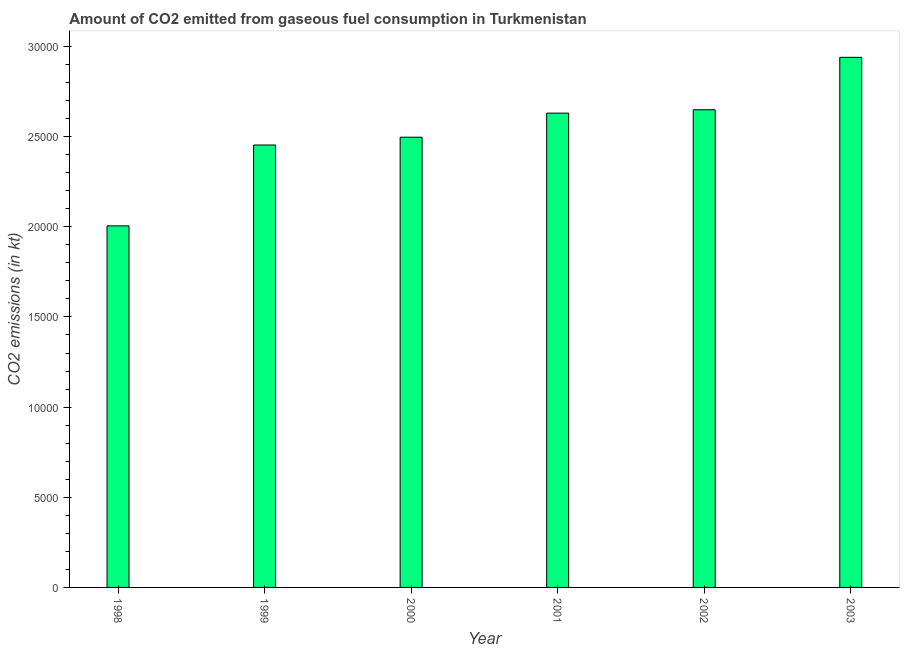
| Year | CO2 emissions from gaseous fuel consumption |
 | --- | --- |
 | 1998 | 2.01e+04 |
 | 1999 | 2.45e+04 |
 | 2000 | 2.5e+04 |
 | 2001 | 2.63e+04 |
 | 2002 | 2.65e+04 |
 | 2003 | 2.94e+04 |